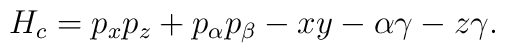
H_c=p_xp_z+p_\alpha p_\beta -xy-\alpha\gamma-z\gamma.